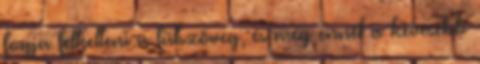
fogja felkelteni a fülszöveg, és még ennél is kevesebb